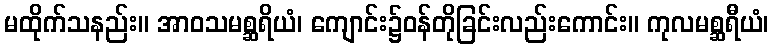
မထိုက်သနည်း။ အာဝသမစ္ဆရိယံ၊ ကျောင်း၌ဝန်တိုခြင်းလည်းကောင်း။ ကုလမစ္ဆရီယံ၊